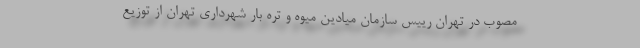
مصوب در تهران رییس سازمان میادین میوه و تره بار شهرداری تهران از توزیع